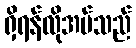
ရှိရန်လိုအပ်သည်